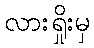
လားရှိုးမှ